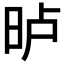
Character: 𣆐